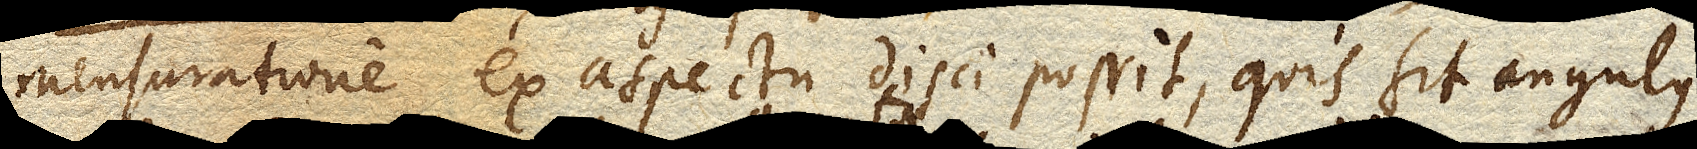
mensuratione ex aspectu disci possit, quis sit angulus